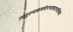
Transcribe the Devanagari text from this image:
तत्तुल्यकवयेरभावादनामिका